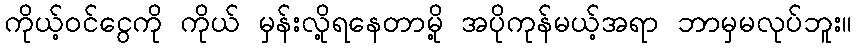
ကိုယ့်ဝင်ငွေကို ကိုယ် မှန်းလို့ရနေတာမို့ အပိုကုန်မယ့်အရာ ဘာမှမလုပ်ဘူး။